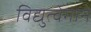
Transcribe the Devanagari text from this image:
विद्युत्‍वेगाने